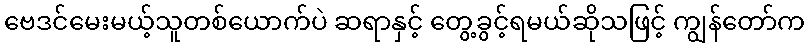
ဗေဒင်မေးမယ့်သူတစ်ယောက်ပဲ ဆရာနှင့် တွေ့ခွင့်ရမယ်ဆိုသဖြင့် ကျွန်တော်က